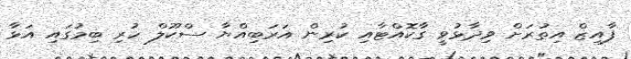
ފާއިޒް އިތުރަށް ވިދާޅުވީ ގާކޮއްޓާއި ކުރިން އަރަބިއްޔާ ސްކޫލް ހުރި ބިމުގައި އަޅާ